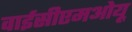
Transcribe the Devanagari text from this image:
वाईसीएमओयू